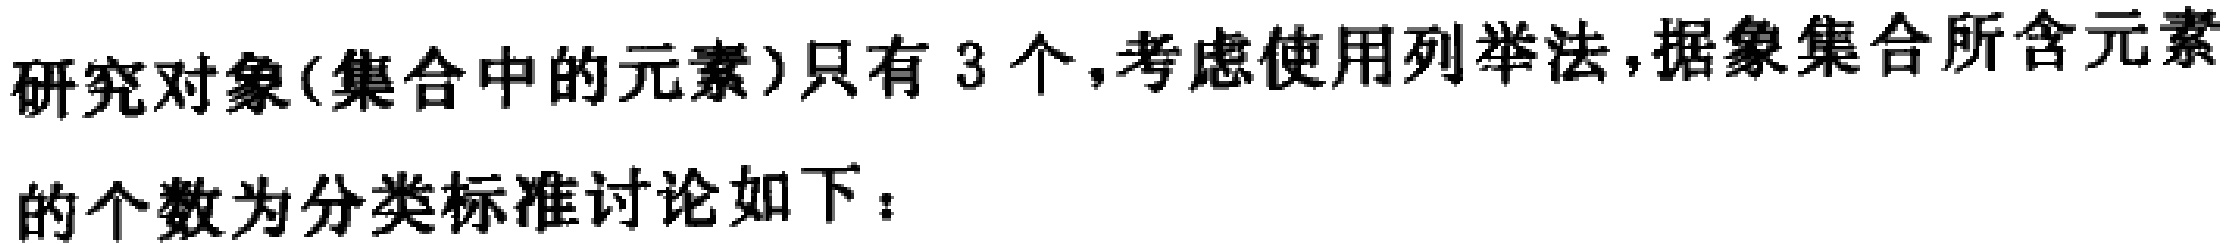
研究对象(集合中的元素)只有 3 个,考虑使用列举法,据象集合所含元素

的个数为分类标准讨论如下：